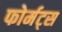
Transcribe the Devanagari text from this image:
फोर्मट्स